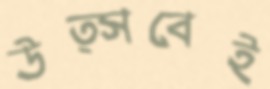
উত্সবেই